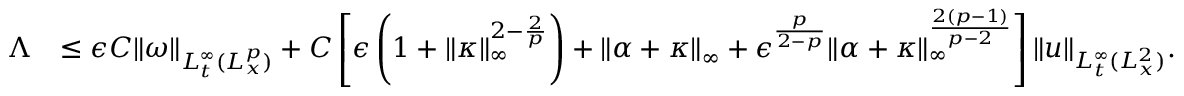
\begin{array} { r l } { \Lambda } & { \leq \epsilon C \| \omega \| _ { L _ { t } ^ { \infty } ( L _ { x } ^ { p } ) } + C \left[ \epsilon \left( 1 + \| \kappa \| _ { \infty } ^ { 2 - \frac { 2 } { p } } \right) + \| \alpha + \kappa \| _ { \infty } + \epsilon ^ { \frac { p } { 2 - p } } \| \alpha + \kappa \| _ { \infty } ^ { \frac { 2 ( p - 1 ) } { p - 2 } } \right] \| u \| _ { L _ { t } ^ { \infty } ( L _ { x } ^ { 2 } ) } . } \end{array}